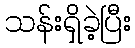
သန်းရှိခဲ့ပြီး